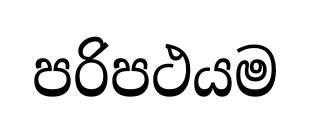
පරිපථයම